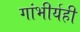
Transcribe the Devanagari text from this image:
गांभीर्यही